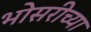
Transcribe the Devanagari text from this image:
भोसरीच्या